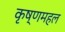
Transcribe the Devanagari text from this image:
कृष्णमहल